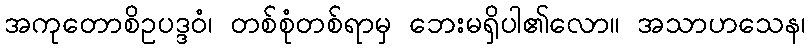
အကုတောစိဥပဒ္ဒဝံ၊ တစ်စုံတစ်ရာမှ ဘေးမရှိပါ၏လော။ အသာဟသေန၊